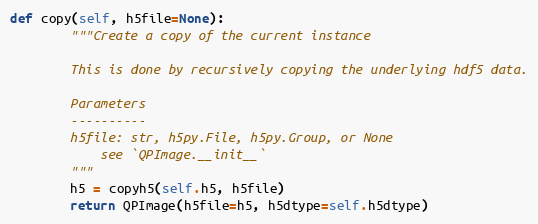
Language: Python
def copy(self, h5file=None):
        """Create a copy of the current instance

        This is done by recursively copying the underlying hdf5 data.

        Parameters
        ----------
        h5file: str, h5py.File, h5py.Group, or None
            see `QPImage.__init__`
        """
        h5 = copyh5(self.h5, h5file)
        return QPImage(h5file=h5, h5dtype=self.h5dtype)